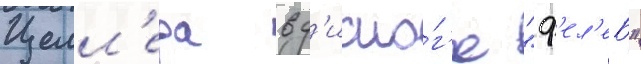
Целл'ера в д'иало́г'е "ф'ел'еб"